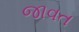
જાવત